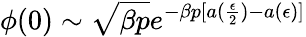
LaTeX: \phi(0)\sim\sqrt{\beta p}e^{-\beta p[a(\frac{\epsilon}{2})-a(\epsilon)]}